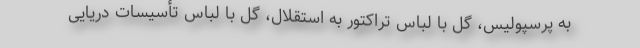
به پرسپولیس، گل با لباس تراکتور به استقلال، گل با لباس تأسیسات دریایی